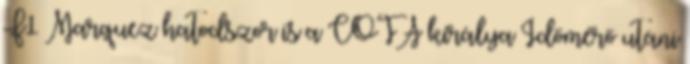
F1 Marquez hatodszor is a COTA királya Időmérő utáni